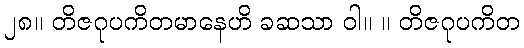
၂၈။ တိဇဂုပကိတမာနေဟိ ခဆသာ ဝါ။ ။ တိဇဂုပကိတ